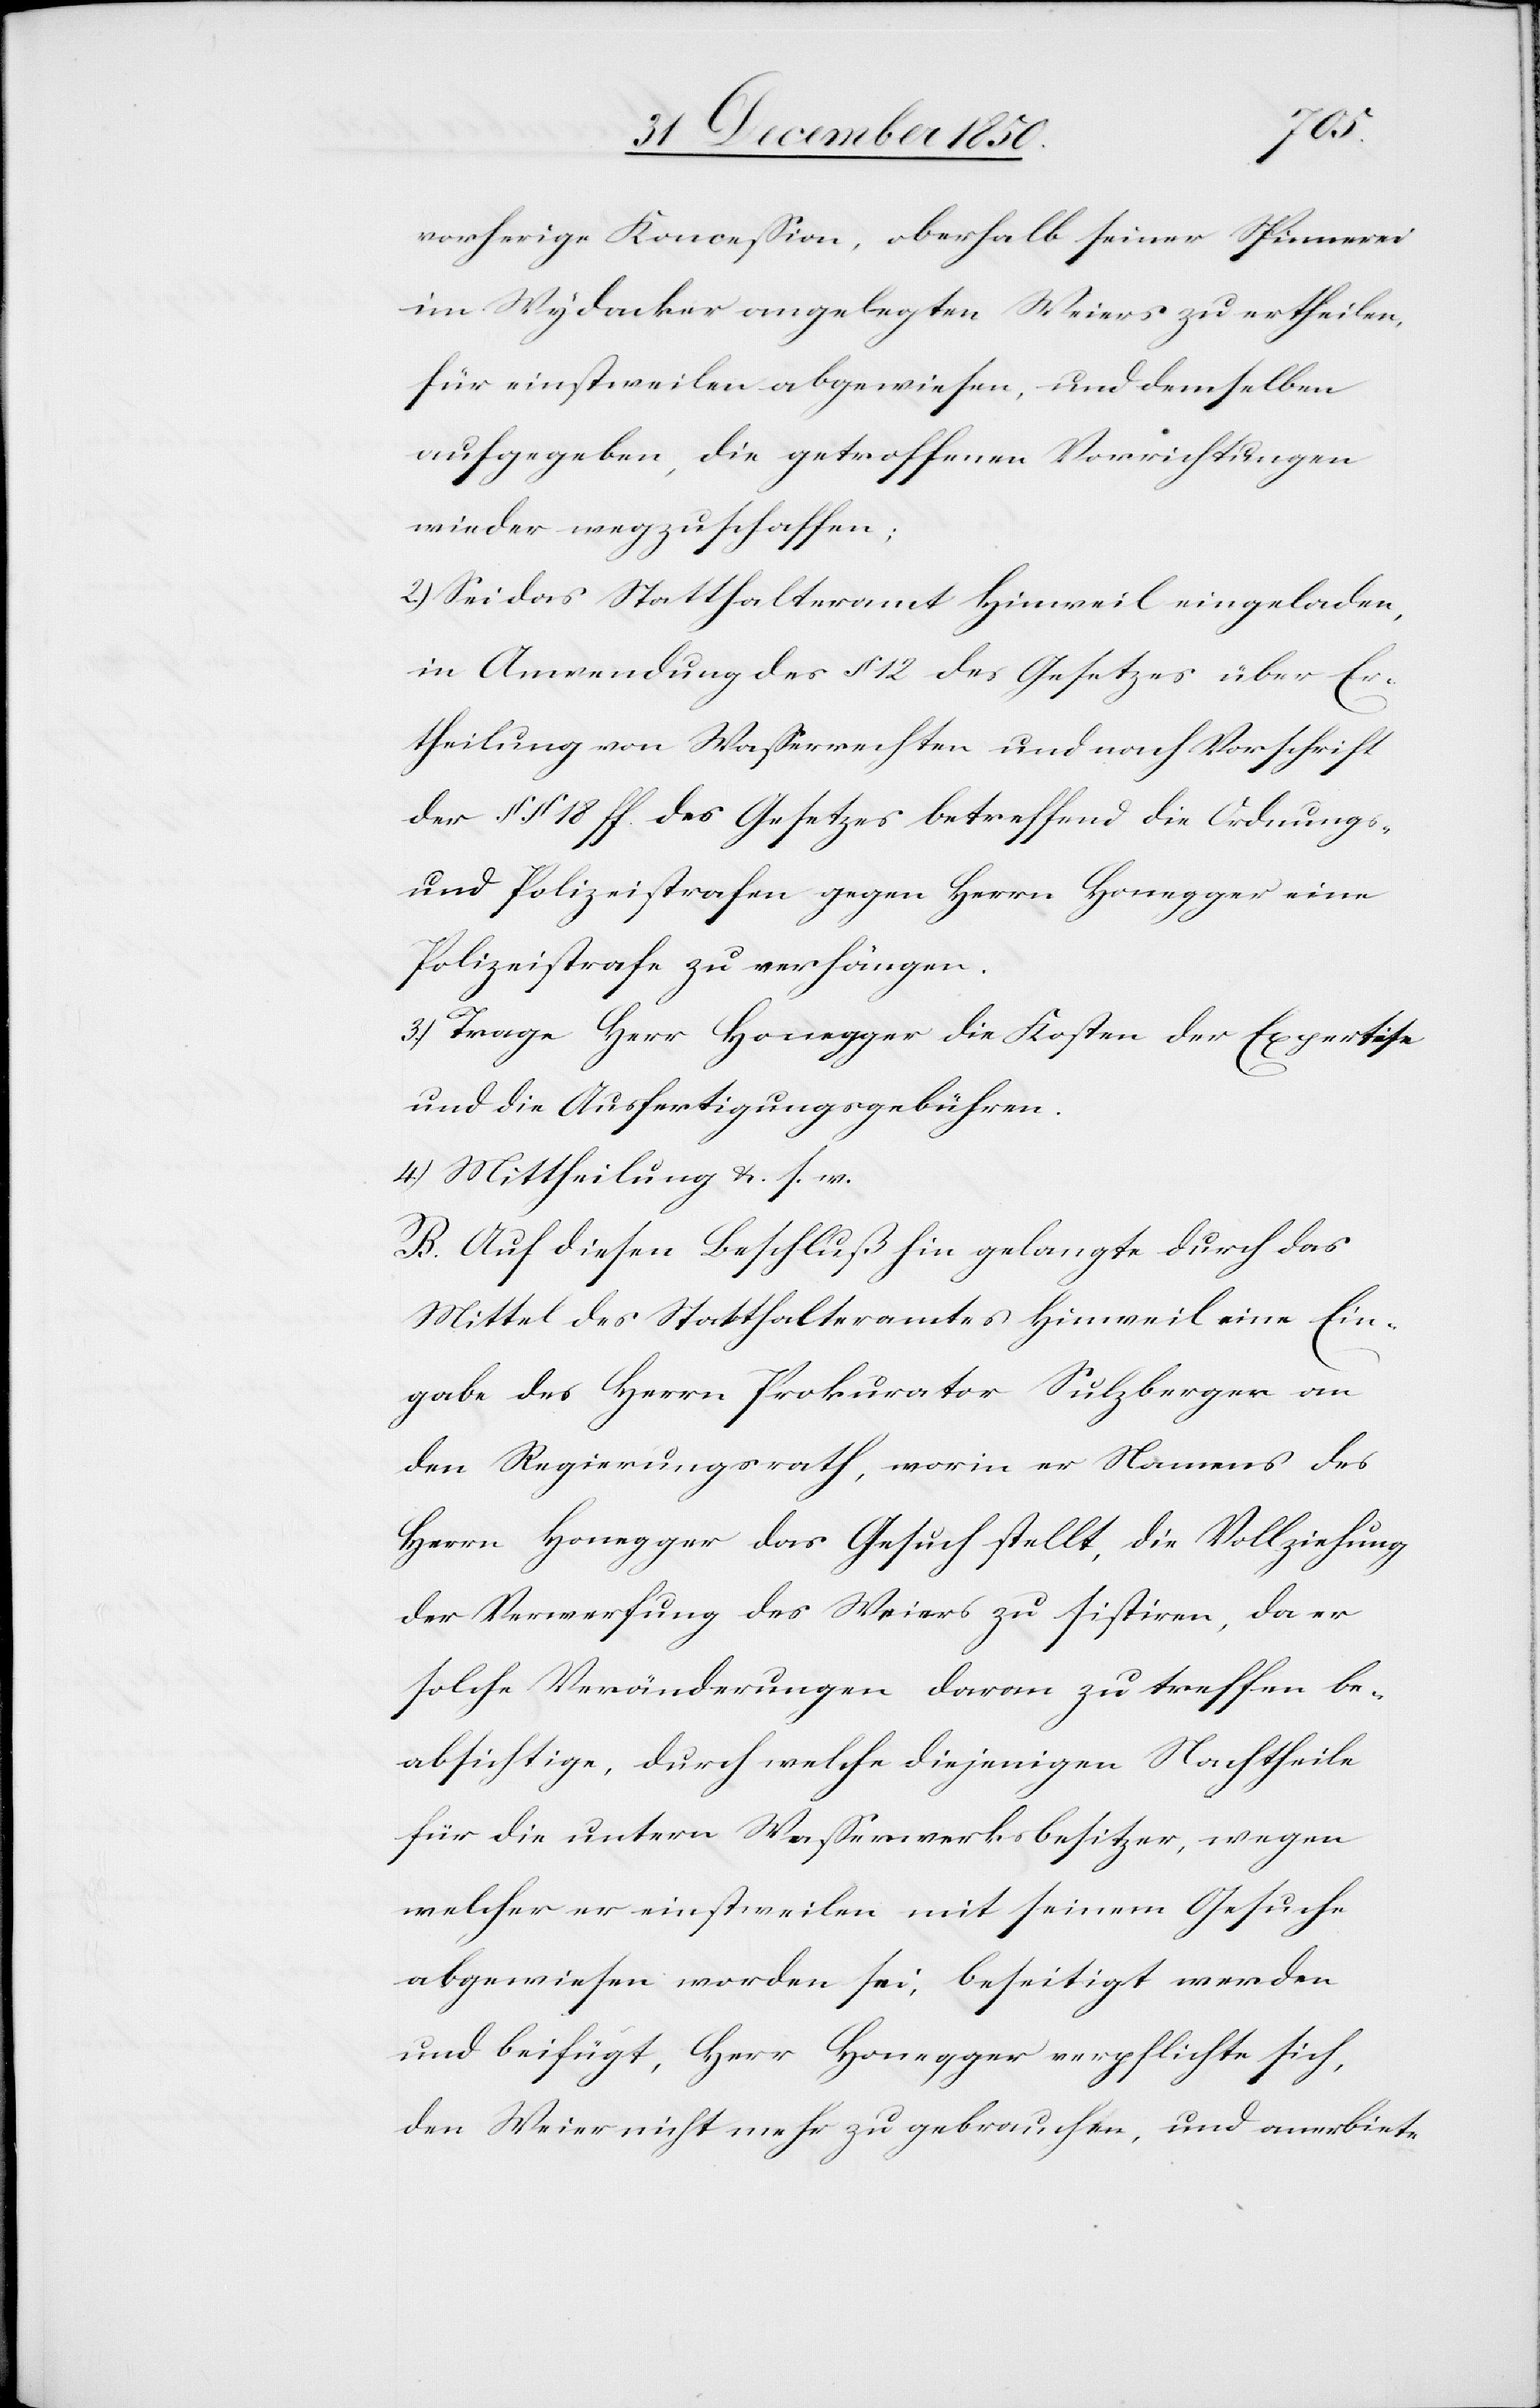
vorherige Koncession, oberhalb seiner Spinnerei
im Wydacker angelegten Weiers zu ertheilen,
für einstweilen abgewiesen, und demselben
aufgegeben, die getroffenen Vorrichtungen
wieder wegzuschaffen;
2.) Sei das Statthalteramt Hinweil eingeladen,
in Anwendung des § 12 des Gesetzes über Er¬
theilung von Wasserrechten und nach Vorschrift
der § § 18 ff. des Gesetzes betreffend die Ordnungs-
und Polizeistrafen gegen Herrn Honegger eine
Polizeistrafe zu verhängen.
3.) Trage Herr Honegger die Kosten der Expertise
und die Ausfertigungsgebühren.
4) Mittheilung u. s. w.
B. Auf diesen Beschluß hin gelangte durch das
Mittel des Statthalteramtes Hinweil eine Ein¬
gabe des Herrn Prokurator Sulzberger an
den Regierungsrath, worin er Namens des
Herrn Honegger das Gesuch stellt, die Vollziehung
der Verwerfung des Weiers zu sistiren, da er
solche Veränderungen daran zu treffen be¬
absichtige, durch welche diejenigen Nachtheile
für die untern Wasserwerksbesitzer, wegen
welcher er einstweilen mit seinem Gesuche
abgewiesen worden sei, beseitigt werden
und beifügt, Herr Honegger verpflichte sich,
den Weier nicht mehr zu gebrauchen, und anerbiete